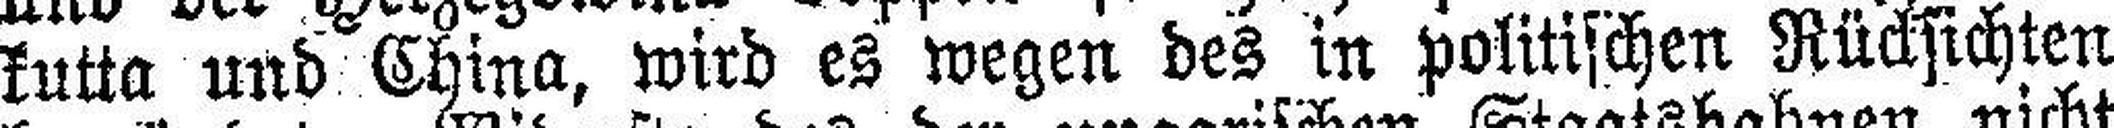
kutta und China, wird es wegen des in politischen Rücksichten